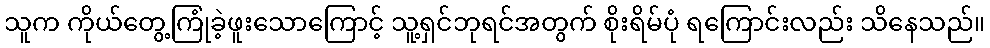
သူက ကိုယ်တွေ့ကြုံခဲ့ဖူးသောကြောင့် သူ့ရှင်ဘုရင်အတွက် စိုးရိမ်ပုံ ရကြောင်းလည်း သိနေသည်။